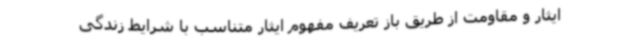
ایثار و مقاومت از طریق باز تعریف مفهوم ایثار متناسب با شرایط زندگی